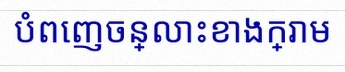
បំពេញចន្លោះខាងក្រោម